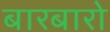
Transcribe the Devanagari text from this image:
बारबारो